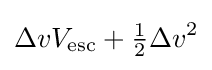
\Delta vV_{\text{esc}}+{\tfrac {1}{2}}\Delta v^{2}